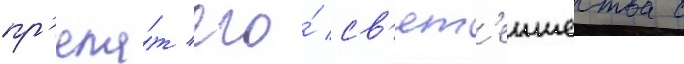
пр'ела́т его́ св'ят'еишества с